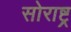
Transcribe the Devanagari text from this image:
सोराष्ट्र